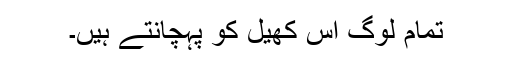
تمام لوگ اس کھیل کو پہچانتے ہیں۔